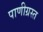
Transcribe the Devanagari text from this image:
पाणीग्रस्त